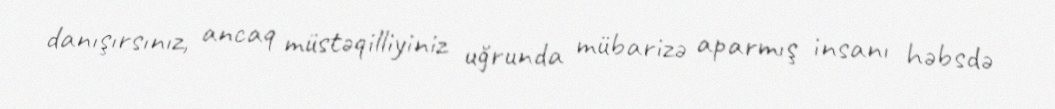
danışırsınız, ancaq müstəqilliyiniz uğrunda mübarizə aparmış insanı həbsdə